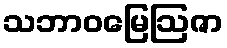
သဘာဝမြေဩဇာ